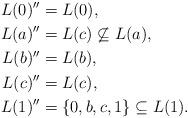
LaTeX: \begin{align*}L(0)'' & =L(0), \\L(a)'' & =L(c)\not\subseteq L(a), \\L(b)'' & =L(b), \\L(c)'' & =L(c), \\L(1)'' & =\{0,b,c,1\}\subseteq L(1).\end{align*}